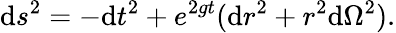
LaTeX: \mathrm{d}s^{2}=-\mathrm{d}t^{2}+e^{2gt}(\mathrm{d}r^{2}+r^{2}\mathrm{d}\Omega^{2}).